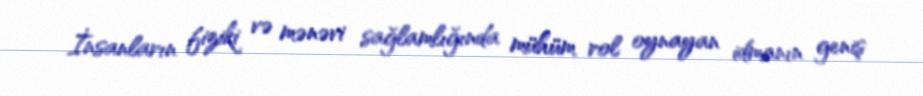
İnsanların fiziki və mənəvi sağlamlığında mühüm rol oynayan idmanın geniş